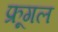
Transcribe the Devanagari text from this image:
फ्रूगल